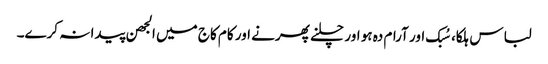
لباس ہلکا، سُبک اور آرام دہ ہو اور چلنے پھرنے اور کام کاج میں الجھن پیدا نہ کرے۔